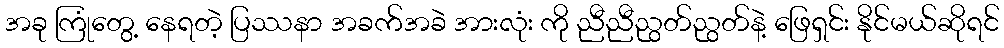
အခု ကြုံတွေ့ နေရတဲ့ ပြဿနာ အခက်အခဲ အားလုံး ကို ညီညီညွတ်ညွတ်နဲ့ ဖြေရှင်း နိုင်မယ်ဆိုရင်